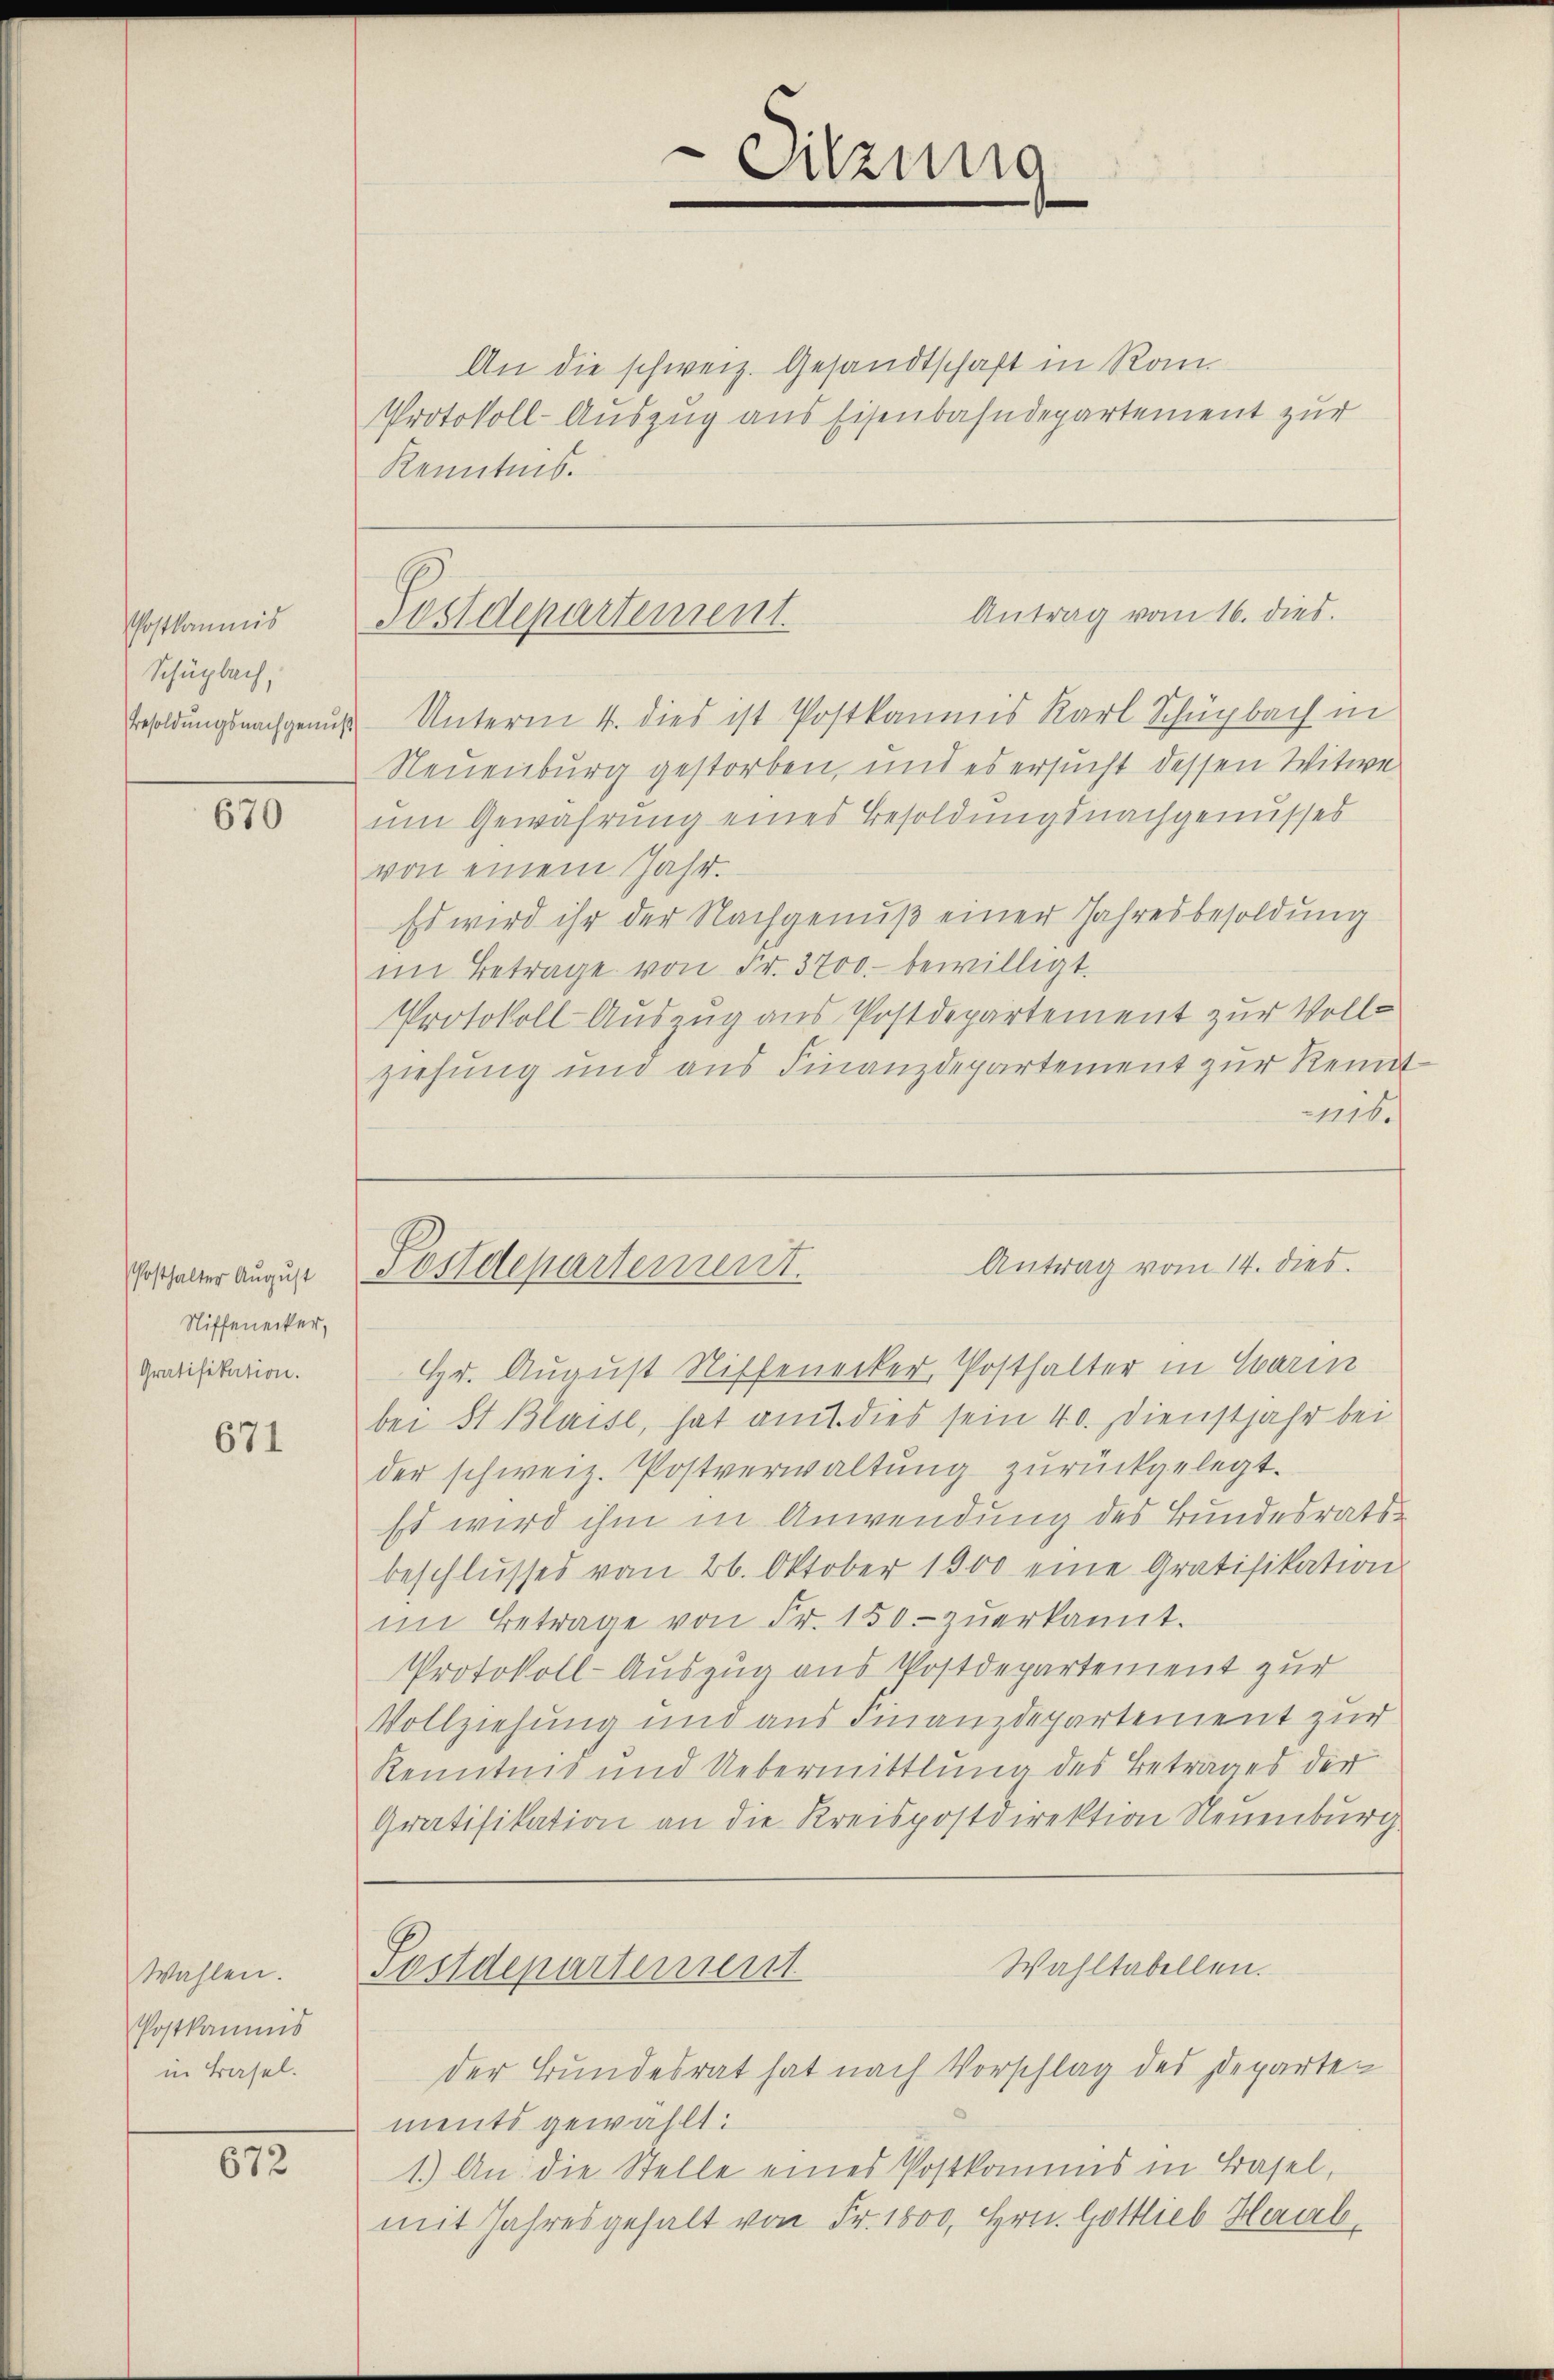
Postkommnis
Schüpbach,
Besoldungsnachgenuß

670

Posthalter August
Niffenecker,
Gratifikation.

671

Wahlen.
Postkamnis
in Basel.

672

Sitzung

An die schweiz. Gesandtschaft in Rom.
Protokoll-Auszug aus Eisenbahndepartement zur
Kenntnis.

Antrag vom 16. dies.
Postdepartement.

5 Unterm 4. dies ist Postkammes Karl Schügbach in
Neuenburg gestorben, und es ersucht dessen Witwe
um Gewährung eines Besoldungsnachgenusses
von einem Jahr.
Es wird ihr der Nachgenuß einer Jahresbesoldung
im Betrage von Fr. 3700 bewilligt.
Protokoll Auszug aus Postdepartement zur Vollziehung und aus Finanzdepartement zur Rennt
1116.
Hr. August Riffenecker, Posthalter in Harin
bei St. Blaise, hat amt dies sein 40. Dienstjahr bei
der schweiz. Postverwaltung zurückgelegt.
st wird ihm in Anwendung des Bundesrats
beschlusses vom 26. Oktober 1900 eine Gratifikation
im Betrage von Fr. 150.- zŭerkannt.
Protokoll-Auszug aus Postdepartement zur
Vollziehung und aus Finanzdepartement zur
Kenntnis und Uebermittlung des Betrages der
Gratifikation an die Kreispostdirektion Neuenburg
Wahltabellen.
Postdepartement
der Bundesrat hat nach Vorschlag des Departen
ments gewählt:
1.) An die Stelle eines Postkommis in Basel,
mit Jahresgehalt von Fr. 1800, Hrn. Gottlieb Haab¬

Antrag vom 14. dies
Postdepartement.